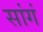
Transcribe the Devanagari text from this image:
सांगं